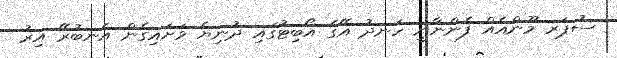
ސުޕަރ މޫންއެއް ފެންނާނީ ހަނދު އޭގެ އޯބިޓުގައި ދުނިޔެ ވަށައިގެން އެނބުރޭ އިރު